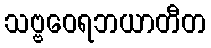
သဗ္ဗဝေရဘယာတီတ